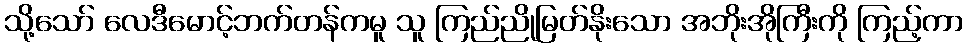
သို့သော် လေဒီမောင့်ဘက်တန်ကမူ သူ ကြည်ညိုမြတ်နိုးသော အဘိုးအိုကြီးကို ကြည့်ကာ